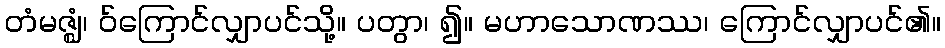
တံမဇ္ဈံ၊ ဝ်ကြောင်လျှာပင်သို့။ ပတွာ၊ ၍။ မဟာသောဏဿ၊ ကြောင်လျှာပင်၏။